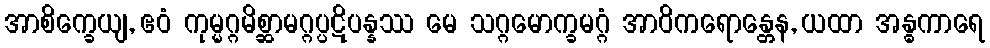
အာစိက္ခေယျ, ဧဝံ ကုမ္မဂ္ဂမိစ္ဆာမဂ္ဂပ္ပဋိပန္နဿ မေ သဂ္ဂမောက္ခမဂ္ဂံ အာဝိကရောန္တေန, ယထာ အန္ဓကာရေ